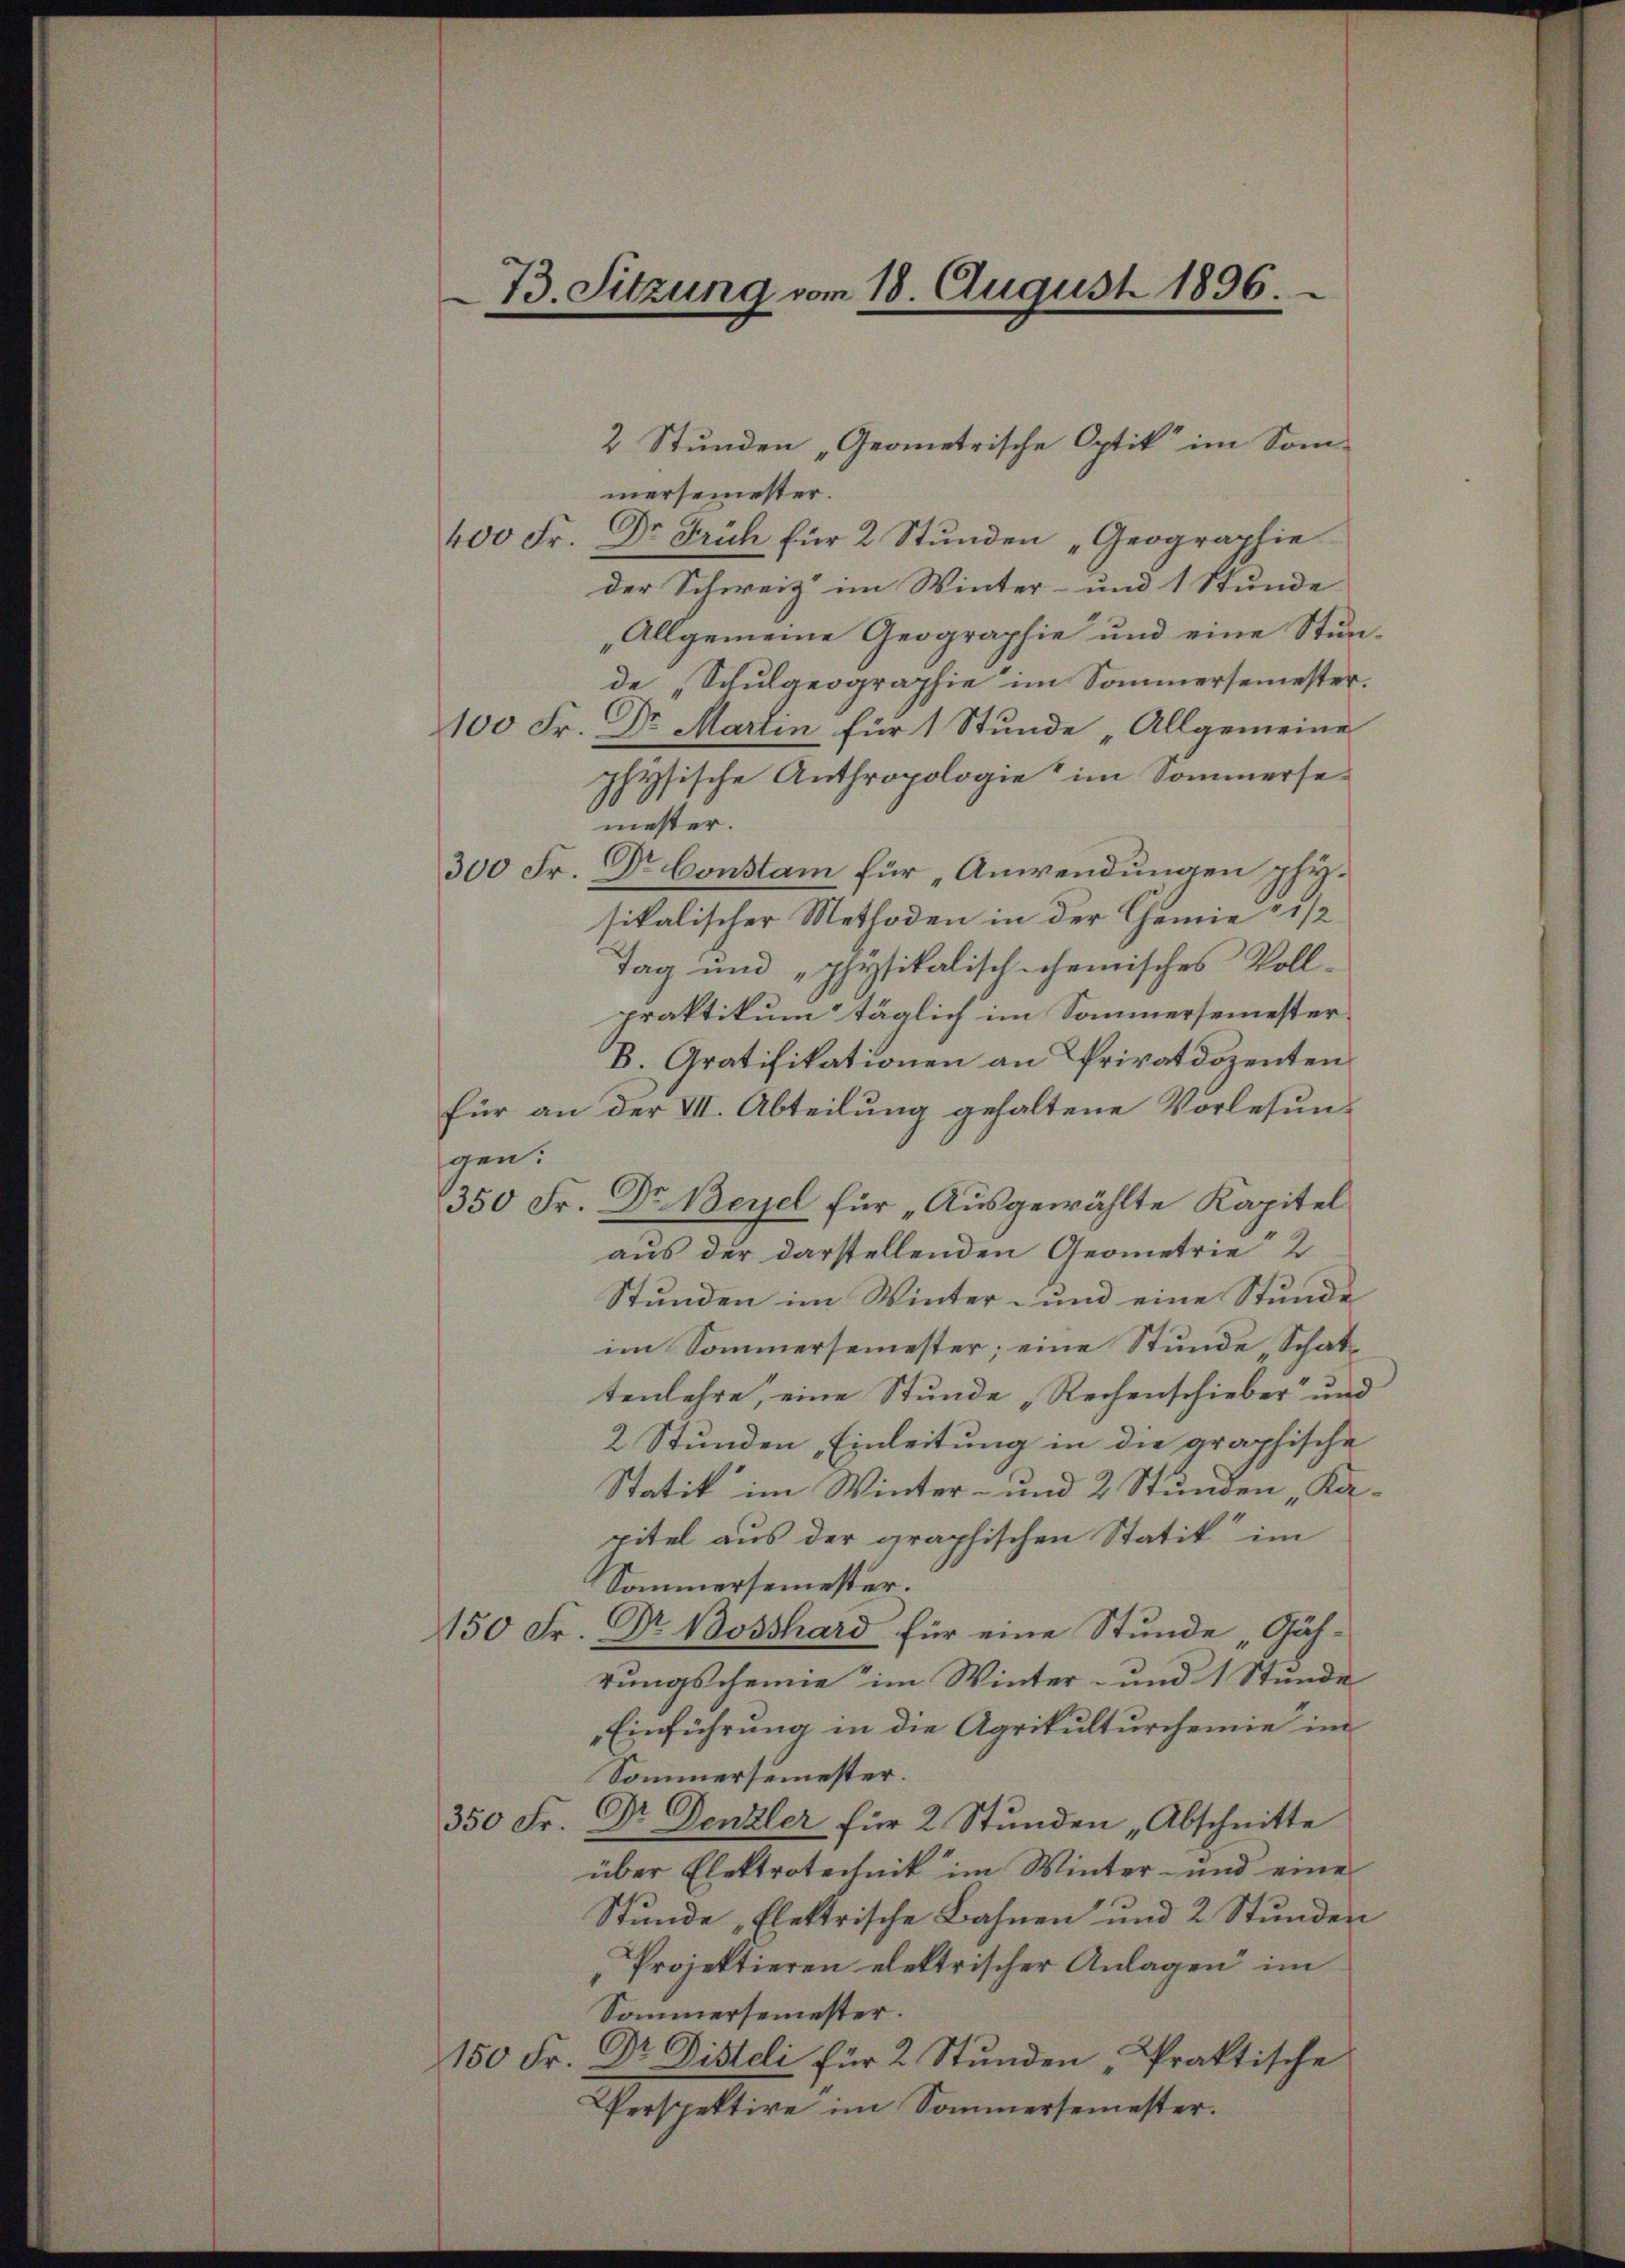
73. Sitzung vom 18. August 1896.

mersemester.
Dr. Früh für 2 Stunden „Geographie
400 Fr.
der Schweiz im Winter- und 1 Stunde
„Allgemeine Geographie und eine Stunde „Schulgeographie im Sommersemester.
100 Fr. Dr Martin für 1 Stunde „Allgemeine
physische Anthropologie im Sommersemester.
300 Fr. Dr Constam für „Anwendungen physikalischer Methoden in der Chemie 2 1/2
Tag und physikalisch-chemisches Voll-
praktikum täglich im Sommersemester
B. Gratifikationen an Privatdozenten
für an der VII. Abteilung gehaltene Vorlesungen.
350 Fr. Dr Bezel für „Ausgewählte Kapitel
aus der darstellenden Geometrie 2
Stunden im Winter- und eine Stunde
im Sommersemester; eine Stunde, Schattenlehre, eine Stunde „Rechenschieber“ und
2 Stunden Einleitung in die graphische
Statik im Winter- und 2 Stunden „Kapitel aus der graphischen Statik im
Sommersemester.
150 Fr. Dr Bosshard für eine Stunde „Gährungschemie im Winter- und 1 Stunde
Einführung in die Agrikulturchemie im
Sommersemester.
350 Fr. Dr. Denzler für 2 Stunden „Abschnitte
über Elektrotechnik im Winter- und eine
Stunde „flektrische Bahnen und 2 Stunden
Projektieren elektrischer Anlagen im
Sommersemester.
150 Fr. Dr. Disteli für 2 Stunden, Praktische
Perspektive im Sommersemester.

2 Stunden „Geometrische Optik“ im Som-